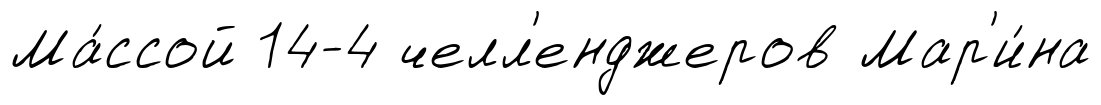
Ма́ссой 14-4 челл'енджеров Мар'и́на